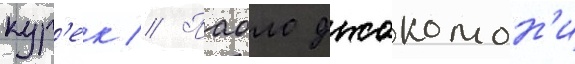
кур'ек // Паоло джакомон'и